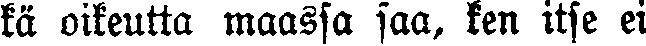
kä oikeutta maassa saa, ken itse ei